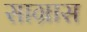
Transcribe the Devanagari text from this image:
साग्रास